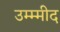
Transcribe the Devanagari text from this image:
उम्म्मीद